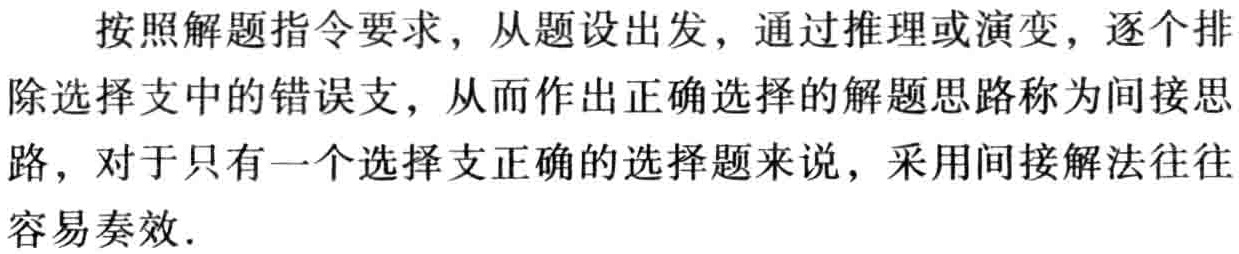
按照解题指令要求，从题设出发，通过推理或演变，逐个排除选择支中的错误支，从而作出正确选择的解题思路称为间接思路，对于只有一个选择支正确的选择题来说，采用间接解法往往容易奏效.